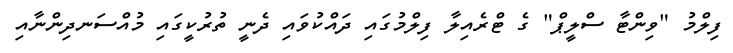
ފިލްމު "ވިންޓާ ސްލީޕް" ގެ ޓްރެއިލާ ފިލްމުގައި ދައްކުވައި ދެނީ ތުރުކީގައި މުއްސަނދިންނާއި